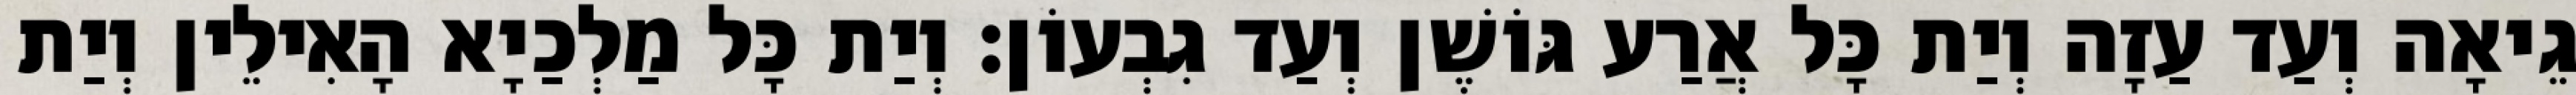
גֵיאָה וְעַד עַזָה וְיַת כָּל אֲרַע גּוֹשֶׁן וְעַד גִבְעוֹן׃ וְיַת כָּל מַלְכַיָא הָאִילֵין וְיַת